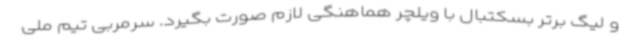
و لیگ برتر بسکتبال با ویلچر هماهنگی لازم صورت بگیرد. سرمربی تیم ملی